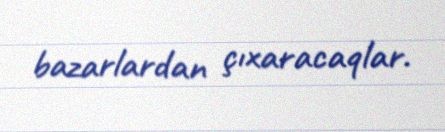
bazarlardan çıxaracaqlar.